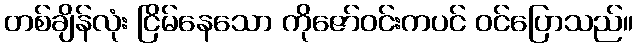
တစ်ချိန်လုံး ငြိမ်နေသော ကိုဇော်ဝင်းကပင် ဝင်ပြောသည်။